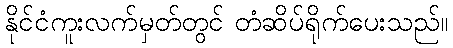
နိုင်ငံကူးလက်မှတ်တွင် တံဆိပ်ရိုက်ပေးသည်။